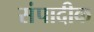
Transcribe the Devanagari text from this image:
संपादीक